Annual statistical returns and brief notes on vaccination in Bengal - 1887-1898
Year: 1887
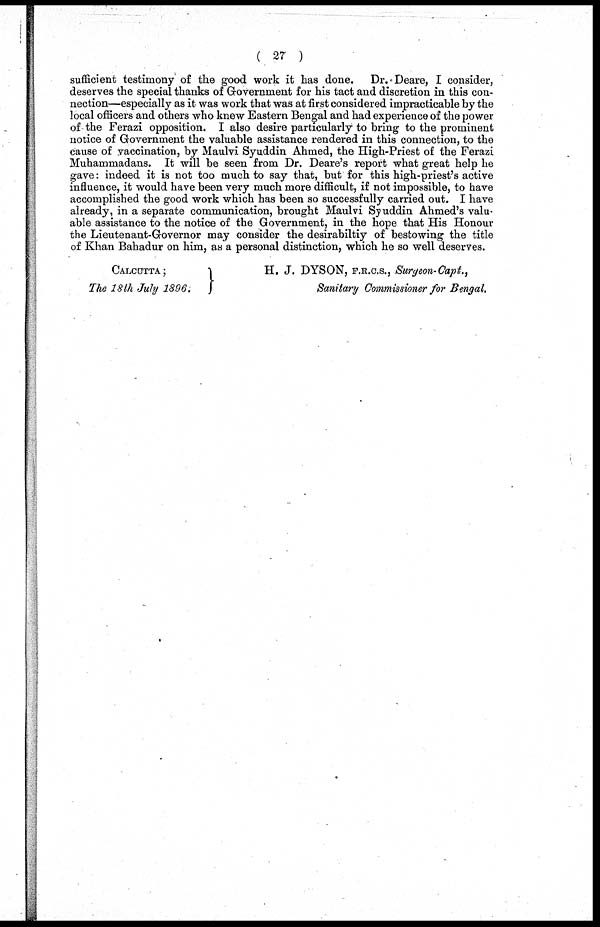
(27)
sufficient testimony of the good work it has done. Dr.Deare, I consider,
deserves the special thanks of Government for his tact and discretion in this con-
nection—especially as it was work that was at first considered impracticable by the
local officers and others who knew Eastern Bengal and had experience of the power
of the Ferazi opposition. I also desire particularly to bring to the prominent
notice of Government the valuable assistance rendered in this connection, to the
cause of vaccination, by Maulvi Syuddin Ahmed, the High-Priest of the Ferazi
Muhammadans. It will be seen from Dr. Deare's report what great help he
gave: indeed it is not too much to say that, but for this high-priest's active
influence, it would have been very much more difficult, if not impossible, to have
accomplished the good work which has been so successfully carried out. I have
already, in a separate communication, brought Maulvi Syuddin Ahmed's valu-
able assistance to the notice of the Government, in the hope that His Honour
the Lieutenant-Governor may consider the desirabiltiy of bestowing the title
of Khan Bahadur on him, as a personal distinction, which he so well deserves.
CALCUTTA;
The 18th July 1896.
H. J. DYSON, F.R.C.S., Surgeon-Capt.,
Sanitary Commissioner for Bengal.